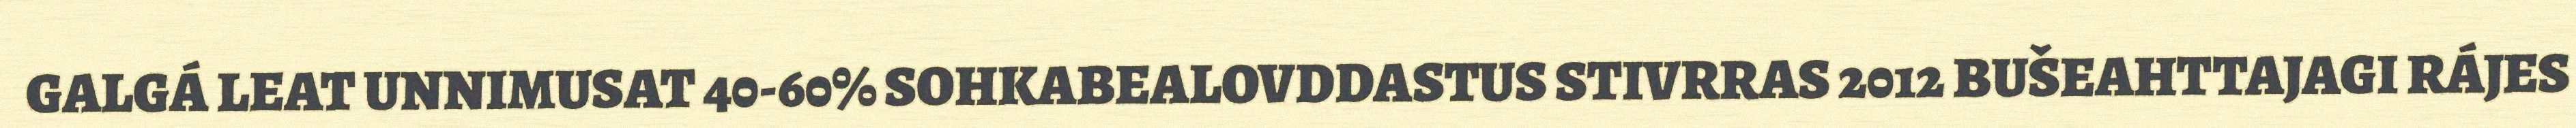
GALGÁ LEAT UNNIMUSAT 40-60% SOHKABEALOVDDASTUS STIVRRAS 2012 BUŠEAHTTAJAGI RÁJES